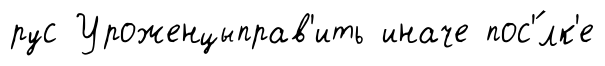
рус Уроженцыправ'ить иначе пос'́лк'е